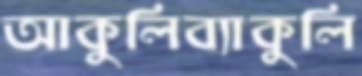
আকুলিব্যাকুলি